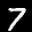
Label: 7